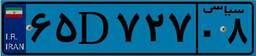
۶۵D۷۲۷۰۸